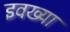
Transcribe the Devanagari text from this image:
इवख्या